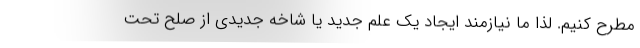
مطرح کنیم. لذا ما نیازمند ایجاد یک علم جدید یا شاخه جدیدی از صلح تحت